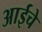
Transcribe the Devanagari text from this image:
अाईचे